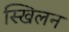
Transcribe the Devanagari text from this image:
स्खिलन